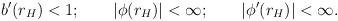
LaTeX: \begin{align*}b'(r_H) <1; \qquad |\phi(r_H)| < \infty; \qquad |\phi'(r_H)| < \infty.\end{align*}